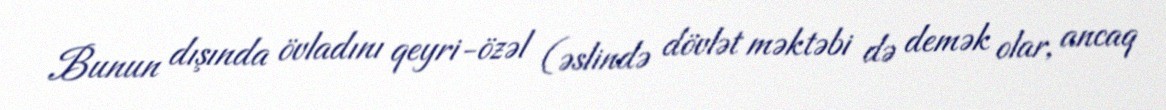
Bunun dışında övladını qeyri-özəl (əslində dövlət məktəbi də demək olar, ancaq